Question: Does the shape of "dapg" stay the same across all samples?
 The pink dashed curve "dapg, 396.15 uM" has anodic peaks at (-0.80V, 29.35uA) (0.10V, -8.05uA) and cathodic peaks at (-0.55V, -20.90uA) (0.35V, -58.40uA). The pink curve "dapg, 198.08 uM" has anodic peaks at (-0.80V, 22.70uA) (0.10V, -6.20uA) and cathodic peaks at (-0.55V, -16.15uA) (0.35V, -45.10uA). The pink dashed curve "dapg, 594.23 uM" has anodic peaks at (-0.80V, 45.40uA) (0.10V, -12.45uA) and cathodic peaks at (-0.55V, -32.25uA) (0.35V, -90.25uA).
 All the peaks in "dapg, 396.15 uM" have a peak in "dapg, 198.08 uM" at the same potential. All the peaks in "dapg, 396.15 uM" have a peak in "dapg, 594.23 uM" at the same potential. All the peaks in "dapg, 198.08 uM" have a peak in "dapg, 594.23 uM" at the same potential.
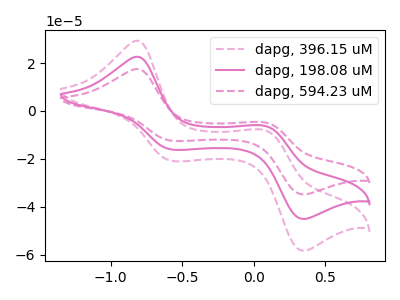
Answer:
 <answer>All the CV's of "dapg" have similar shape.</answer>
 <eval>follow_rule</eval>